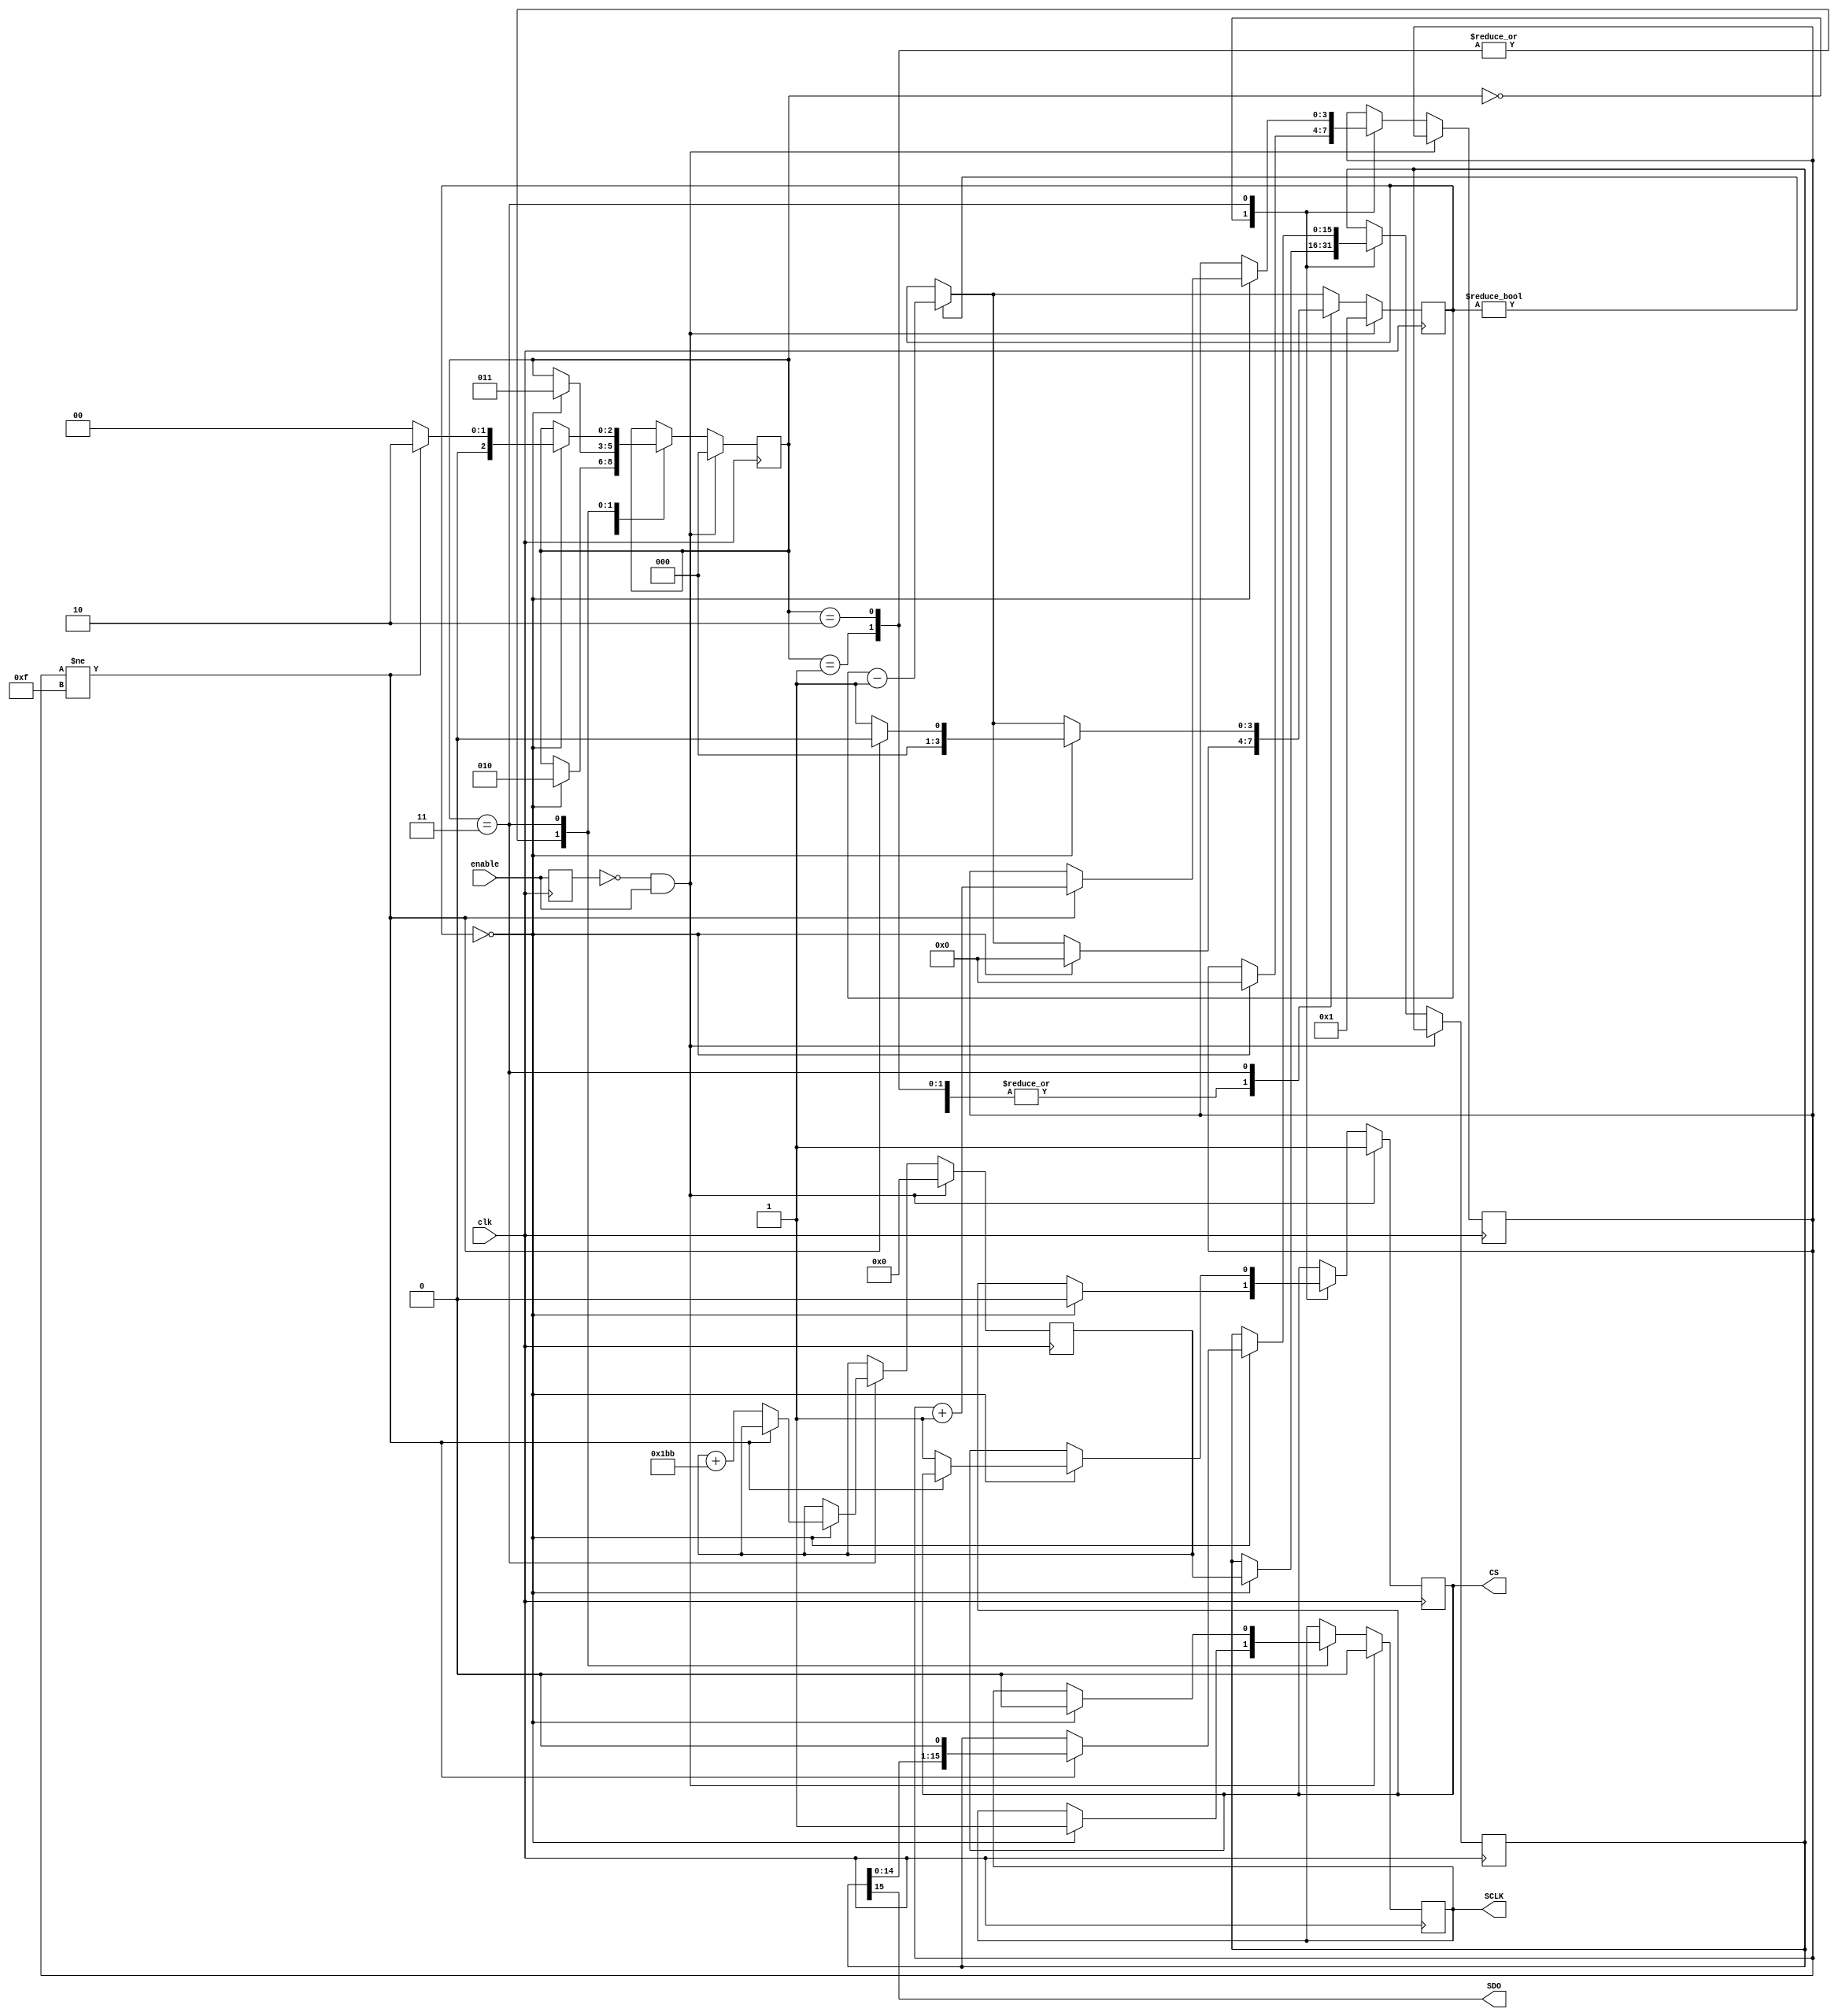
module counter
(
    clk,
    enable,
    CS,
    SCLK,
    SDO
);

input clk;
input enable;
output CS;
output SCLK;
output SDO;

localparam state_CS_HIGH =  3'd0;
localparam state_tCSSR =    3'd1;
localparam state_CLK_LOW =  3'd2;
localparam state_CLK_HIGH = 3'd3;

localparam delay_tCSH  = 4'd2 - 4'd1;
localparam delay_tCSSR = 4'd1 - 4'd1;
localparam delay_tLO   = 4'd1 - 4'd1;
localparam delay_tHIGH = 4'd1 - 4'd1;

//localparam dataStart = 16'b0001000000001111;
localparam dataIncrement = 16'd443;

reg [3:0] clockCounter;

reg cs, sclk;
reg [2:0] state;
reg [3:0] delay;
reg [15:0] dacCount;
reg [15:0] dataOut;
reg lastEnable;

initial begin
    dacCount = 0;

    cs = 1;
    sclk = 0;
    lastEnable = 0;

    delay = delay_tCSH;
    state = state_CS_HIGH;
end

always @(posedge clk) begin
    if( !lastEnable && enable ) begin
        dacCount <= 0;

        cs <= 1;
        sclk <= 0;

        delay <= delay_tCSH;
        state <= state_CS_HIGH;
    //end else if (dacCount > 16'hF000 ) begin
    //    cs <= 1;
    //    sclk <= 0;
    end else begin
        if( delay != 0 ) delay <= delay - 1;

        case( state )
            state_CS_HIGH: begin
                if( delay == 0 ) begin
                    cs <= 0;
                    clockCounter <= 0;
                    dataOut <= dacCount;

                    if( delay_tCSSR == 0 ) begin
                        delay <= delay_tLO;
                        state <= state_CLK_LOW;
                    end else begin
                        delay <= delay_tCSSR;
                        state <= state_tCSSR;
                    end
                end
            end

            state_tCSSR: begin
                if( delay == 0 ) begin
                    sclk <= 1;

                    delay <= delay_tHIGH;
                    state <= state_CLK_HIGH;
                end
            end

            state_CLK_LOW: begin
                if( delay == 0 ) begin
                    sclk <= 1;

                    delay <= delay_tHIGH;
                    state <= state_CLK_HIGH;
                end
            end

            state_CLK_HIGH: begin
                if( delay == 0 ) begin
                    if( clockCounter != 15 ) begin
                        dataOut <= dataOut << 1;
                        clockCounter <= clockCounter + 1;
                        sclk <= 0;
                        
                        delay <= delay_tLO;
                        state <= state_CLK_LOW;
                    end else begin
                        dacCount <= dacCount + dataIncrement;
                        
                        cs <= 1;
                        sclk <= 0;

                        delay <= delay_tCSH;
                        state <= state_CS_HIGH;
                    end
                end
            end

            default: begin
            end
        endcase
    end

    lastEnable = enable;
end

assign CS = cs;
assign SCLK = sclk;
assign SDO = dataOut[15];

endmodule